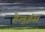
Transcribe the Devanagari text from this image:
हेलुईस